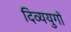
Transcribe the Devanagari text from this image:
दिव्ययुगों